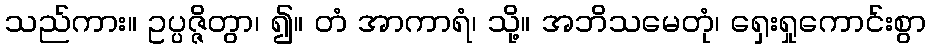
သည်ကား။ ဥပ္ပဇ္ဇိတွာ၊ ၍။ တံ အာကာရံ၊ သို့။ အဘိသမေတုံ၊ ရှေးရှုကောင်းစွာ